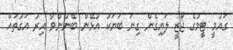
ގައުމީ ޓީމުގެ ޖޯޒީ ލައިގެން ގިނަ ބަޔަކު އުޅޭން ބޭނުންވާ އިރު އަގުތައް